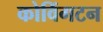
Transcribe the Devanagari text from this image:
कोविंगटन